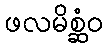
ဖလမိစ္ဆံဝ